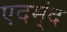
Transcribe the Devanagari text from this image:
एदम्ंद